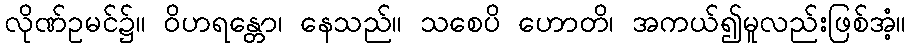
လိုဏ်ဥမင်၌။ ဝိဟရန္တော၊ နေသည်။ သစေပိ ဟောတိ၊ အကယ်၍မူလည်းဖြစ်အံ့။